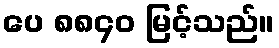
ပေ ၈၈၄၀ မြင့်သည်။